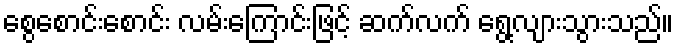
စွေစောင်းစောင်း လမ်းကြောင်းဖြင့် ဆက်လက် ရွေ့လျားသွားသည်။